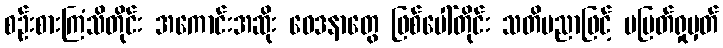
စဉ်းစားကြံသိတိုင်း အကောင်းအဆိုး ဝေဒနာတွေ ဖြစ်ပေါ်တိုင်း သတိပညာဖြင့် မပြတ်ရှုမှတ်